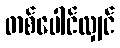
တစ်ပေါင်လျှင်